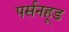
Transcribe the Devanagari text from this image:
पर्सनहूड